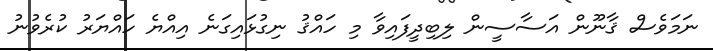
ނަމަވެސް ޤާނޫން އަސާސީން ލިބިދީފައިވާ މި ހައްޤު ނިގުޅައިގަނެ އިއްޔެ ހައްޔަރު ކުރެވުނު